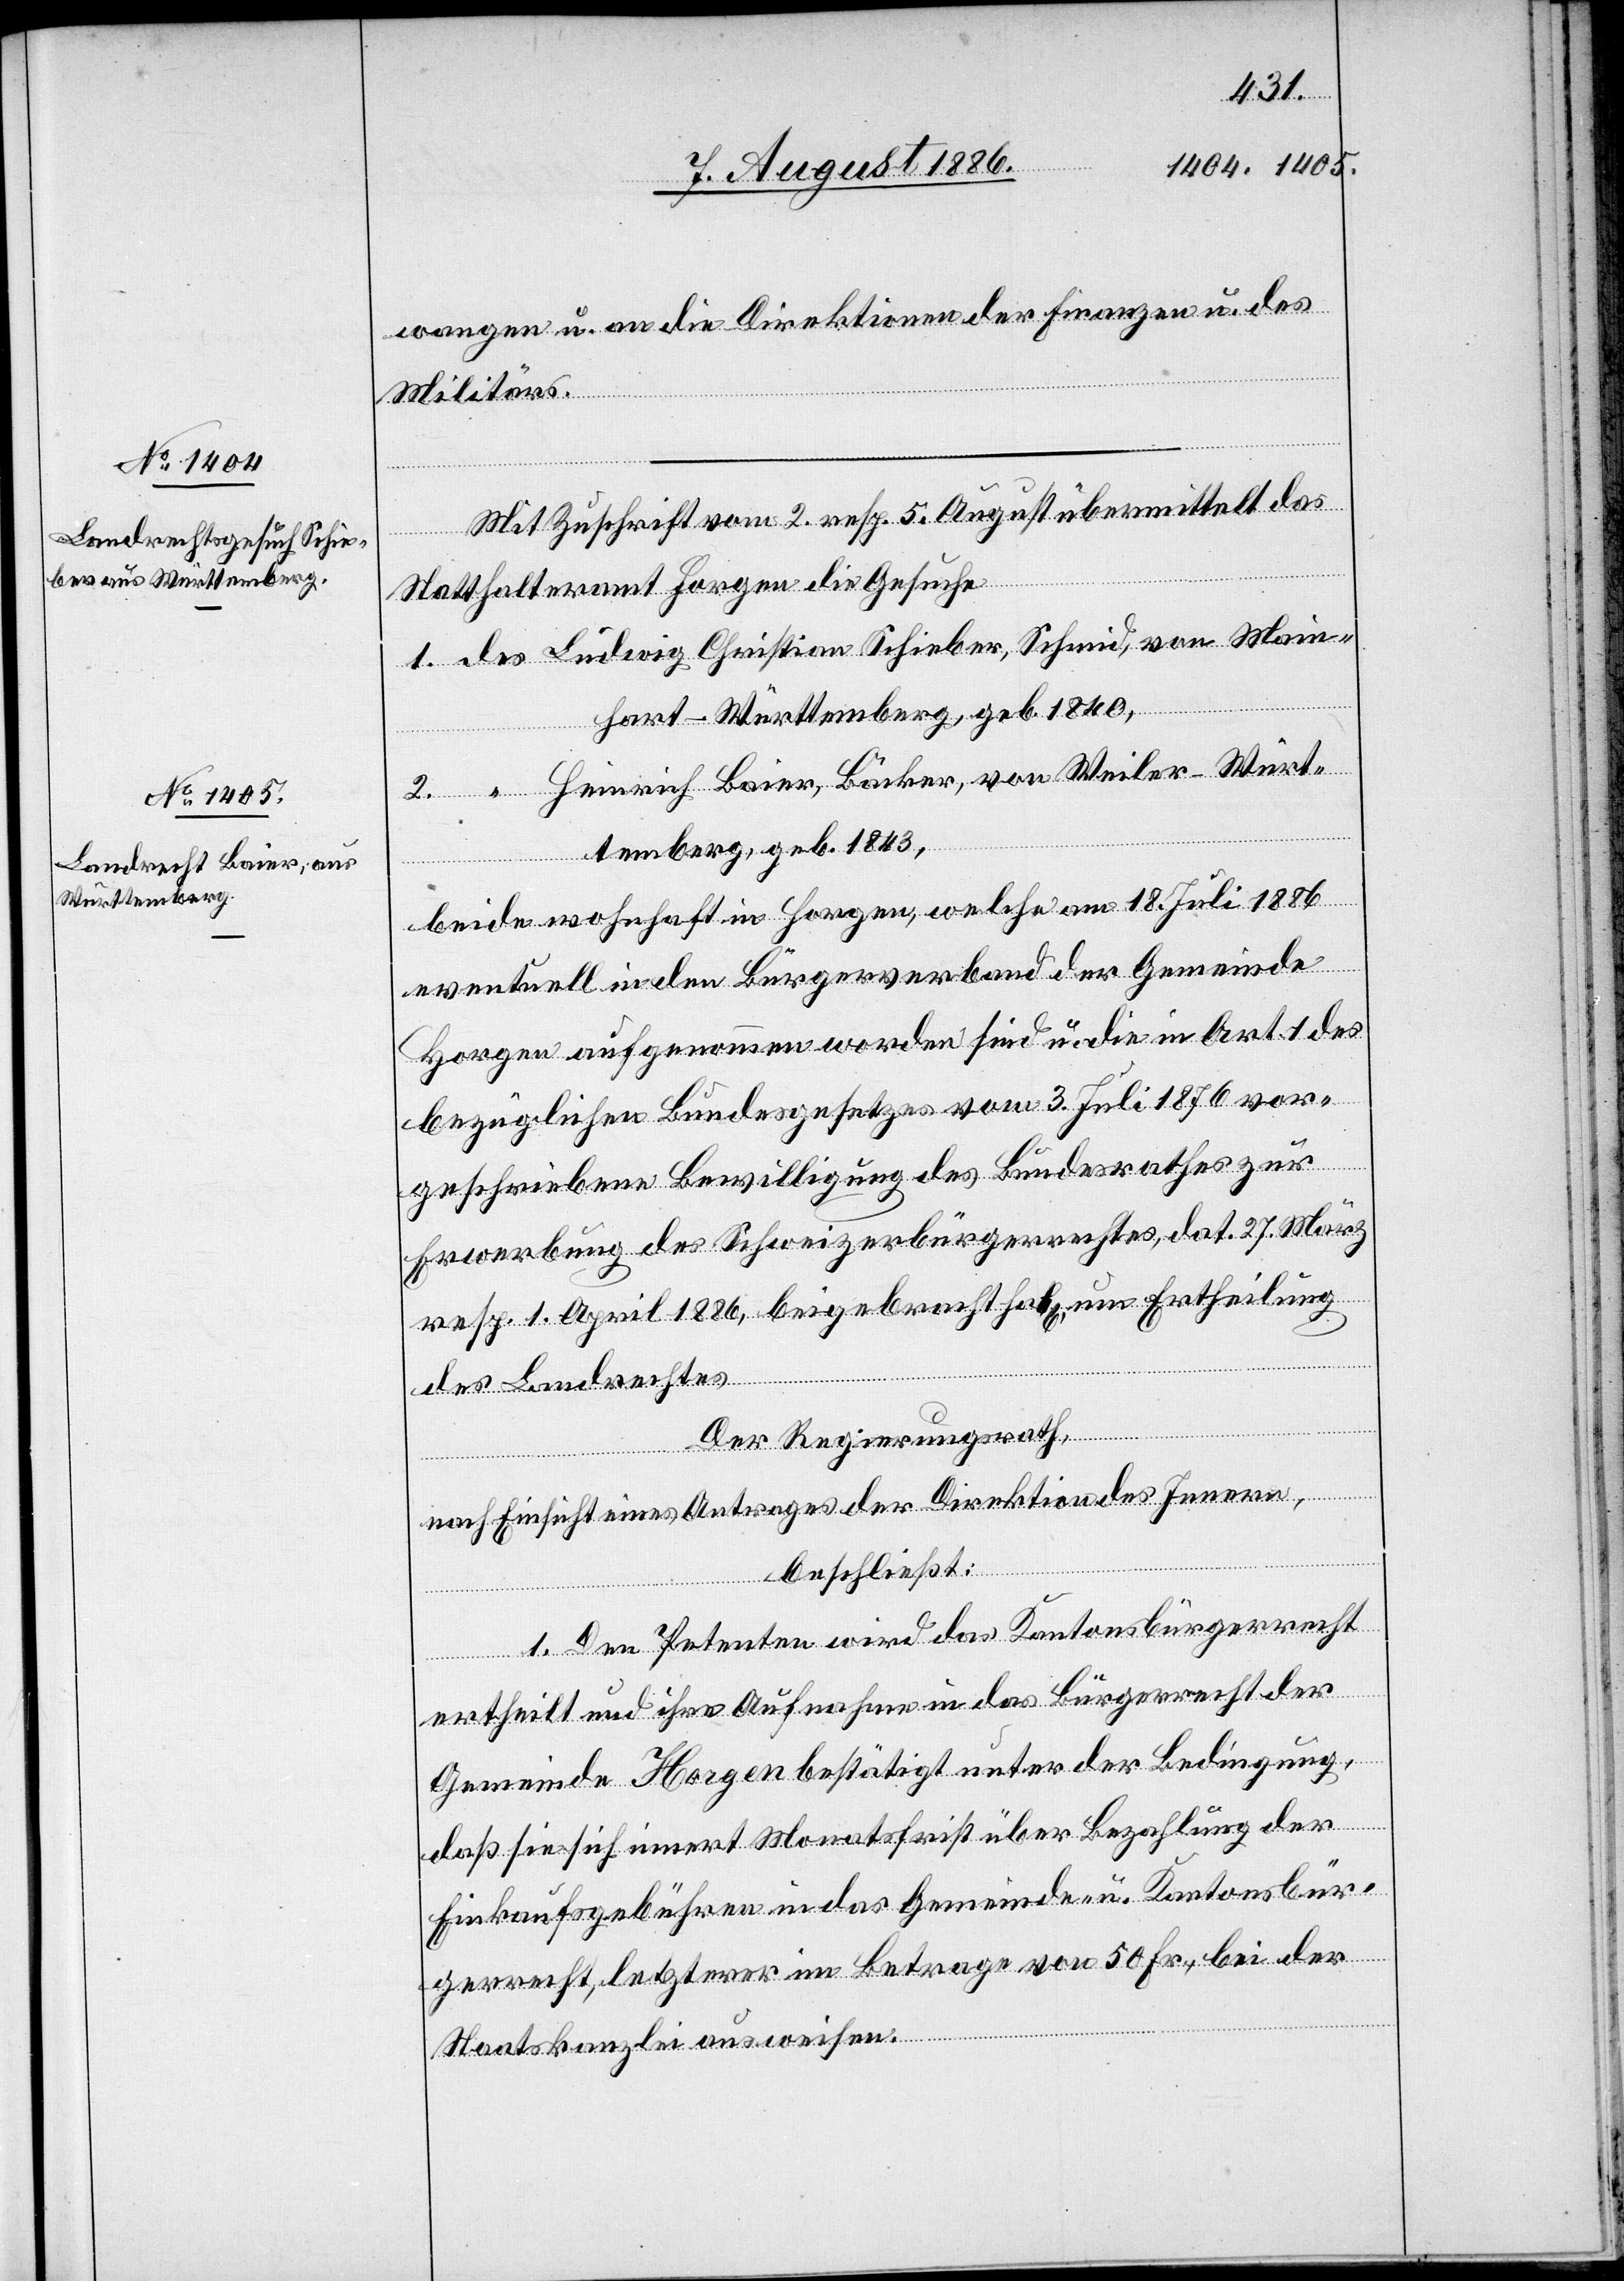
wangen u. an die Direktionen der Finanzen u. des
Militärs.
Mit Zuschrift vom 2. resp. 5. August übermittelt das
Statthalteramt Horgen die Gesuche
1. des Ludwig Christian Schieber, Schmid, von Main¬
hart - Württemberg, geb. 1840,
Heinrich Baier, Bäcker von Weiler - Würt¬
temberg, geb. 1843,
beide wohnhaft in Horgen, welche am 18. Juli 1886
eventuell in den Bürgerverband der Gemeinde
Horgen aufgenommen worden sind u. die in Art. 1 des
bezüglichen Bundesgesetzes vom 3. Juli 1876 vor¬
geschriebene Bewilligung des Bundesrathes zur
Erwerbung des Schweizerbürgerrechtes, dat. 27. März
resp. 1. April 1886, beigebracht hab[en], um Ertheilung
des Landrechtes.
Der Regierungsrath,
nach Einsicht eines Antrages der Direktion des Innern,
beschließt:
1. Den Petenten wird das Kantonsbürgerrecht
ertheilt und ihre Aufnahme in das Bürgerrecht der
Gemeinde Horgen bestätigt unter der Bedingung,
daß sie sich innert Monatsfrist über Bezahlung der
Einkaufgebühren in das Gemeinde- u. Kantonsbür¬
gerrecht, letzterer im Betrage von 50 Fr., bei der
Staatskanzlei ausweisen.